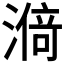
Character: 𰜸